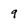
Character: 9